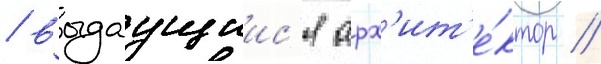
/ выдаущиис'я арх'ит'е́ктор /